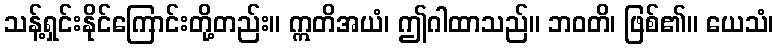
သန့်ရှင်းနိုင်ကြောင်းတို့တည်း။ ဣတိအယံ၊ ဤဂါထာသည်။ ဘဝတိ၊ ဖြစ်၏။ ယေသံ၊